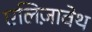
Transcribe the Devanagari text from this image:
एलिज़ावेथ